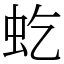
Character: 虼